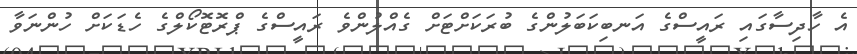
އެ ހާދިސާގައި ރައީސްގެ އަނބިކަބަލުންގެ ބުރަކަށްޓަށް ގެއްލުންވެ ރައީސްގެ ޕްރޮޓޮކޯލްގެ ހެޑަކަށް ހުންނަވާ